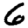
Digit: 6